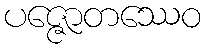
ပဇ္ဇောတဿေဝ